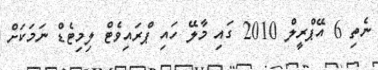
ނެތި 6 އޭޕްރީލް 2010 ގައި މާލޭ ހައި ޕްރައިވެޓް ލިމިޓެޑް ނަމަކަށް